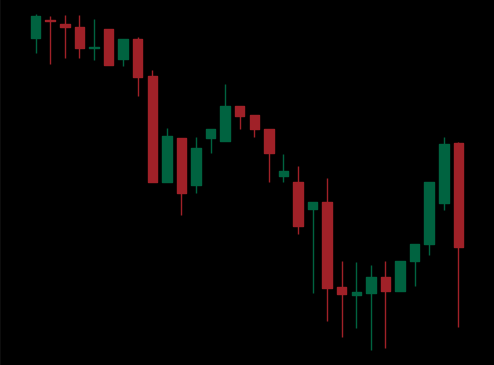
Pattern: unclassified